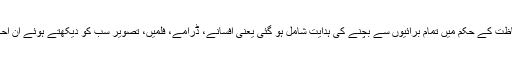
شرم گاہوں اور نظر کی حفاظت کے حکم میں تمام برائیوں سے بچنے کی ہدایت شامل ہو گئی یعنی افسانے، ڈرامے، فلمیں، تصویر سب کو دیکھتے ہوئے ان احکامات کا خیال رکھنا ہو گا۔